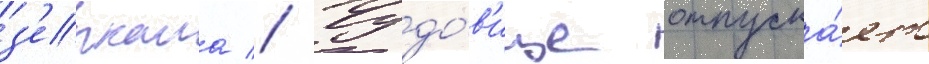
з'еркала // Чудо́в'ище отпуска́ет